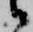
候